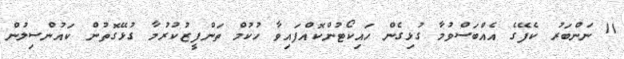
11 ނަންބަރު ކެފޭގެ އެއްބަސްވުމާ ގުޅިގެން ހައިކޯޓުންކޮއްފައިވާ ހުކުމް ތަންފީޒުކުރުމާ ގުޅޭގޮތުން ކައުންސިލުން